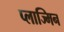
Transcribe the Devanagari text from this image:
प्लाज्मिन